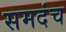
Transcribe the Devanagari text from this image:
समदंच